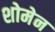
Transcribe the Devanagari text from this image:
शोमेन